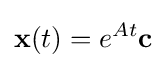
\mathbf {x} (t)=e^{At}\mathbf {c}